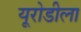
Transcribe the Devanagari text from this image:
यूरोडीला